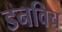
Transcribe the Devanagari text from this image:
डनविच